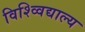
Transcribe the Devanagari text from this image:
विश्व्विद्याल्य